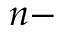
n -